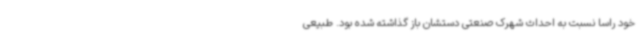
خود راساً نسبت به احداث شهرک صنعتی دستشان باز گذاشته شده بود. طبیعی